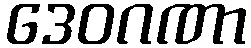
ဒေဝဂဏာ